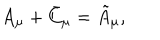
A _ { \mu } + \bar { C } _ { \mu } = \tilde { A } _ { \mu } ,